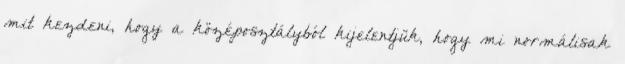
mit kezdeni, hogy a középosztályból kijelentjük, hogy mi normálisak